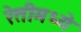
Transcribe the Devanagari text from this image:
रेतीमध्ये